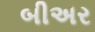
બીઅર